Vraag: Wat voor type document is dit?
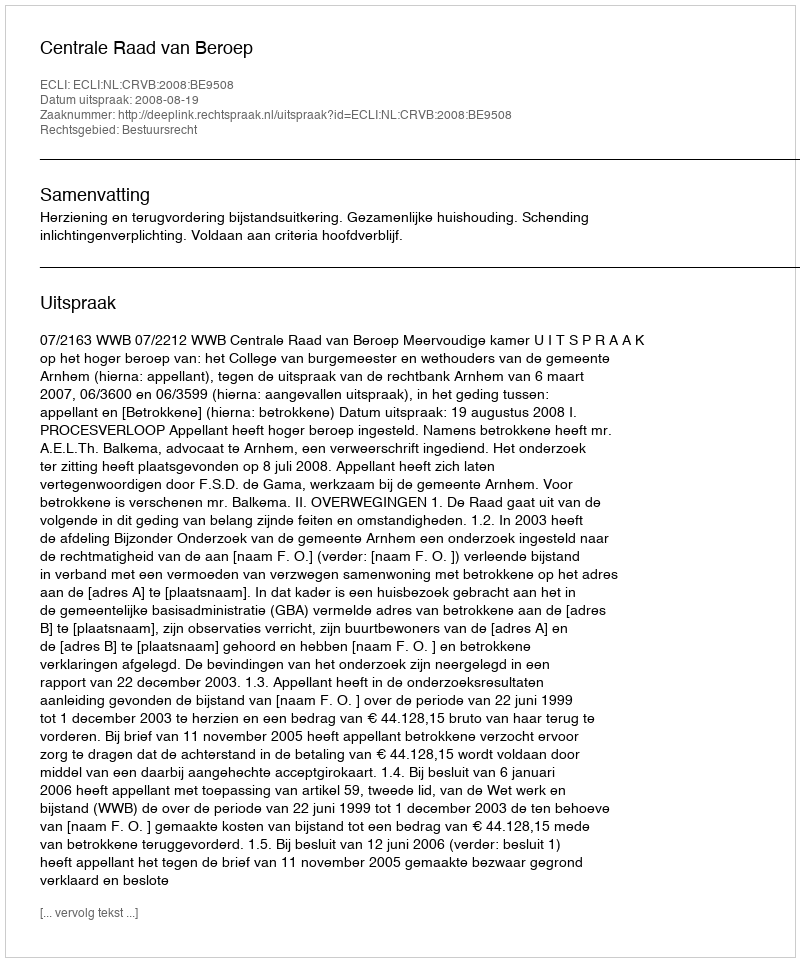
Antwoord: Uitspraak